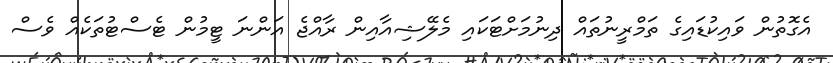
އެގޮތުން ވައިކުޑައިގެ ތަމްރީނުތައް ދިނުމަށްޓަކައި މެލޭޝިއާއިން ރާއްޖެ އަންނަ ޓީމުން ޓެސްޓުތަކެއް ވެސް